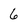
Character: 6